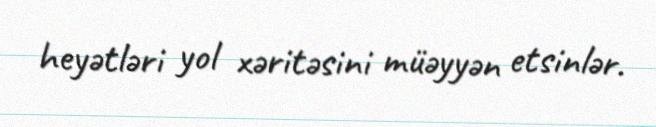
heyətləri yol xəritəsini müəyyən etsinlər.